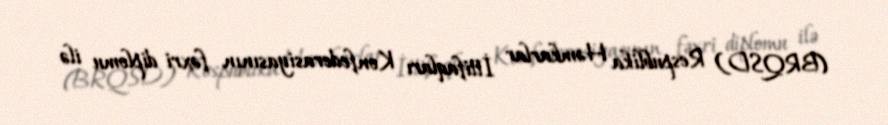
(BRQSD) Respublika Həmkarlar İttifaqları Konfederasiyasının fəxri diplomu ilə